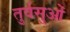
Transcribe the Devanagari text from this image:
तुर्वसुओं